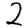
Digit: 2